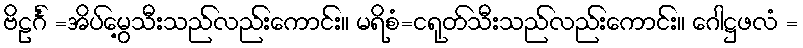
ဗိဠင်္ဂံ =အိပ်မွေ့သီးသည်လည်းကောင်း။ မရိစံ=ငရုတ်သီးသည်လည်းကောင်း။ ဂေါဋ္ဌဖလံ =